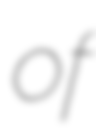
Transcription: of